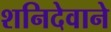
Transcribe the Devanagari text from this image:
शनिदेवाने